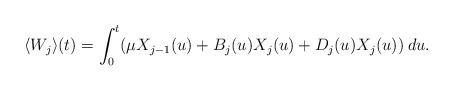
LaTeX: \begin{align*}\langle W_j \rangle(t) = \int_0^t (\mu X_{j-1}(u) + B_j(u)X_j(u) + D_j(u)X_j(u)) \: du.\end{align*}